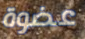
عضوة